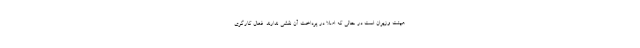
هیئت وزیران است در حالی که اصلاً در پرداخت آن نقشی ندارند. فعال کارگری